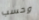
وحسب